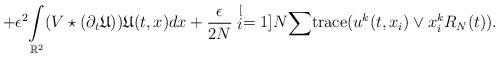
LaTeX: \begin{align*}+\epsilon^{2}\underset{\mathbb{R}^{2}}{\int}(V\star(\partial_{t}\mathfrak{U}))\mathfrak{U}(t,x)dx+\frac{\epsilon}{2N}\stackrel[i=1]{N}{\sum}\mathrm{trace}(u^{k}(t,x_{i})\lor x_{i}^{k}R_{N}(t)).\end{align*}